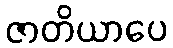
ဇာတိယာပေ